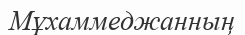
Мұхаммеджанның